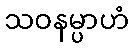
သဝနမ္ပာဟံ